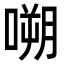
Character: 嗍